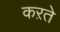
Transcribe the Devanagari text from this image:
कऱते